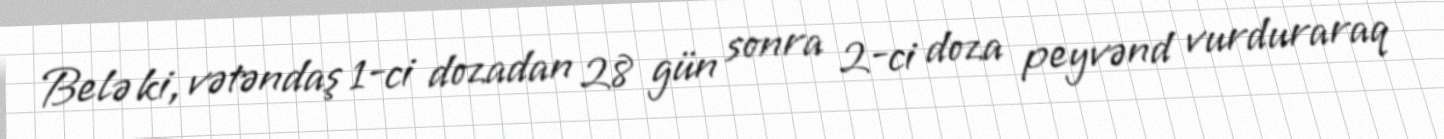
Belə ki, vətəndaş 1-ci dozadan 28 gün sonra 2-ci doza peyvənd vurduraraq